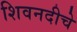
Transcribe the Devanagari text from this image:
शिवनदीचे